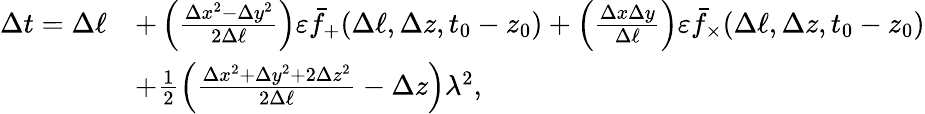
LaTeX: \begin{array}{rl}{\Delta t=\Delta\ell}&{+\left(\frac{\Delta x^{2}-\Delta y^{2}}{2\Delta\ell}\right)\varepsilon\bar{f}_{+}(\Delta\ell,\Delta z,t_{0}-z_{0})+\left(\frac{\Delta x\Delta y}{\Delta\ell}\right)\varepsilon\bar{f}_{\times}(\Delta\ell,\Delta z,t_{0}-z_{0})}\\ &{+\frac{1}{2}\left(\frac{\Delta x^{2}+\Delta y^{2}+2\Delta z^{2}}{2\Delta\ell}-\Delta z\right)\lambda^{2},}\end{array}